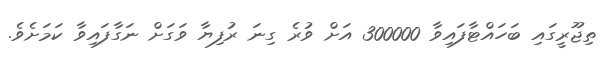
ތިޖޫރީގައި ބަހައްޓާފައިވާ 300000 އަށް ވުރެ ގިނަ ރުފިޔާ ވަގަށް ނަގާފައިވާ ކަމަށެވެ.